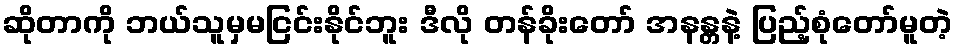
ဆိုတာကို ဘယ်သူမှမငြင်းနိုင်ဘူး ဒီလို တန်ခိုးတော် အနန္တနဲ့ ပြည့်စုံတော်မူတဲ့